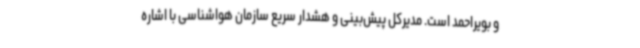
و بویراحمد است. مدیرکل پیش‌بینی و هشدار سریع سازمان هواشناسی با اشاره